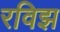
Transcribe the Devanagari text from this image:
रविझ